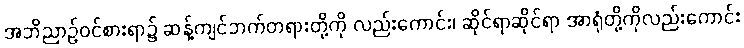
အဘိညာဉ်ဝင်စားရာ၌ ဆန့်ကျင်ဘက်တရားတို့ကို လည်းကောင်း၊ ဆိုင်ရာဆိုင်ရာ အာရုံတို့ကိုလည်းကောင်း